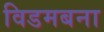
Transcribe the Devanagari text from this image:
विडमबना